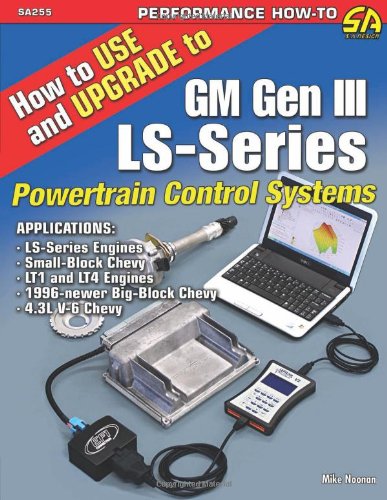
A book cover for How to Use and Upgrade to GM Gen III LS-Series Powertrain Control Systems; Mike Noonan; Engineering & Transportation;